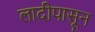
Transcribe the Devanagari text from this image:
लादीपासून